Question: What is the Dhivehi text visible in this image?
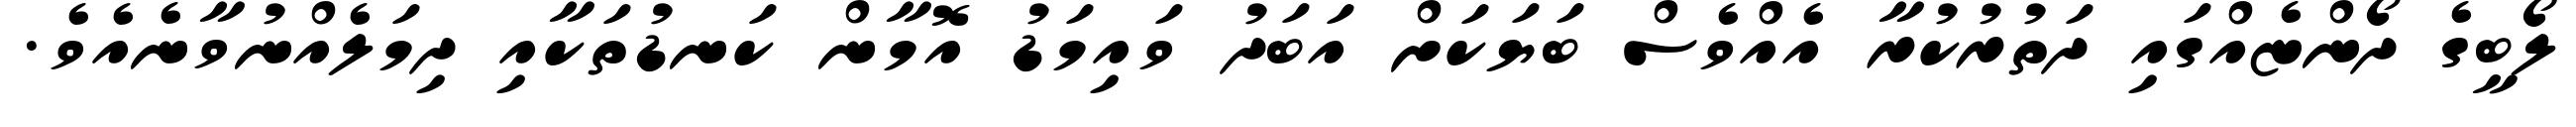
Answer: ލޯބީގެ ދޯންޏެއްގައި ދަތުރުކުރާ އެއްވެސް ބަޔަކަށް އަބަދު ވައިމަޑު އޮމާން ކަނޑުތަކާއި ދިމަލެއްނުވާނެއެވެ.